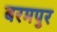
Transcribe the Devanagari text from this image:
बरमपुर